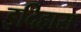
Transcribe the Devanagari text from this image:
इदिहास